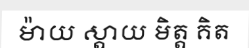
ម៉ាយ ស្តាយ មិត្ត គិត